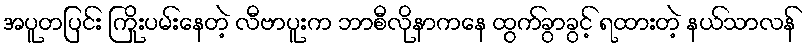
အပူတပြင်း ကြိုးပမ်းနေတဲ့ လီဗာပူးက ဘာစီလိုနာကနေ ထွက်ခွာခွင့် ရထားတဲ့ နယ်သာလန်